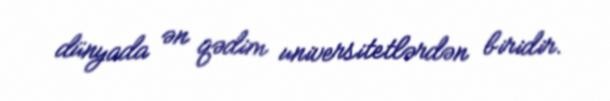
dünyada ən qədim universitetlərdən biridir.